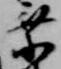
乗